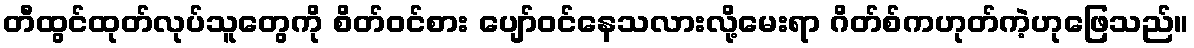
တီထွင်ထုတ်လုပ်သူတွေကို စိတ်ဝင်စား ပျော်ဝင်နေသလားလို့မေးရာ ဂိတ်စ်ကဟုတ်ကဲ့ဟုဖြေသည်။